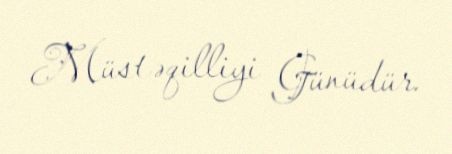
Müstəqilliyi Günüdür.